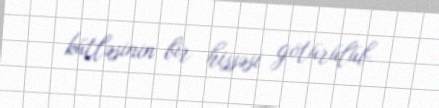
kütləsinin bir hissəsi götürülüb.